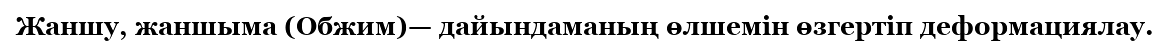
Жаншу, жаншыма (Обжим)— дайындаманың өлшемін өзгертіп деформациялау.